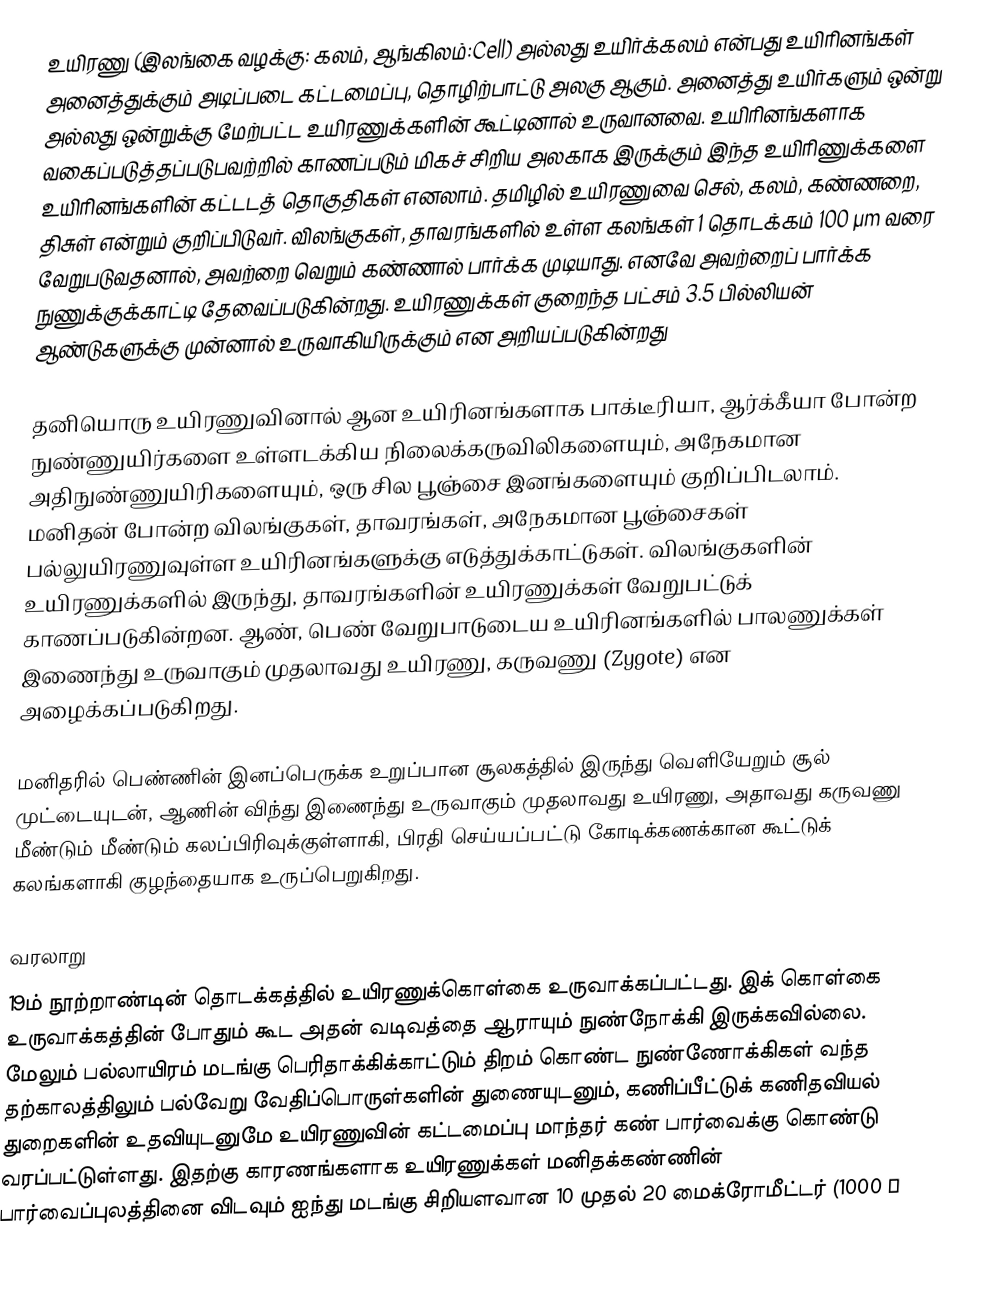
உயிரணு (இலங்கை வழக்கு: கலம், ஆங்கிலம்:Cell)  அல்லது உயிர்க்கலம் என்பது உயிரினங்கள் அனைத்துக்கும் அடிப்படை கட்டமைப்பு, தொழிற்பாட்டு அலகு ஆகும். அனைத்து உயிர்களும் ஒன்று அல்லது ஒன்றுக்கு மேற்பட்ட உயிரணுக்களின் கூட்டினால் உருவானவை. உயிரினங்களாக வகைப்படுத்தப்படுபவற்றில் காணப்படும் மிகச் சிறிய அலகாக இருக்கும் இந்த உயிரிணுக்களை உயிரினங்களின் கட்டடத் தொகுதிகள் எனலாம். தமிழில் உயிரணுவை செல், கலம், கண்ணறை, திசுள் என்றும் குறிப்பிடுவர். விலங்குகள், தாவரங்களில் உள்ள கலங்கள் 1 தொடக்கம் 100 µm வரை வேறுபடுவதனால், அவற்றை வெறும் கண்ணால் பார்க்க முடியாது. எனவே அவற்றைப் பார்க்க நுணுக்குக்காட்டி தேவைப்படுகின்றது. உயிரணுக்கள் குறைந்த பட்சம் 3.5 பில்லியன் ஆண்டுகளுக்கு முன்னால் உருவாகியிருக்கும் என அறியப்படுகின்றது

தனியொரு உயிரணுவினால் ஆன உயிரினங்களாக பாக்டீரியா, ஆர்க்கீயா போன்ற நுண்ணுயிர்களை உள்ளடக்கிய நிலைக்கருவிலிகளையும், அநேகமான அதிநுண்ணுயிரிகளையும், ஒரு சில பூஞ்சை இனங்களையும் குறிப்பிடலாம். மனிதன் போன்ற விலங்குகள், தாவரங்கள், அநேகமான பூஞ்சைகள்  பல்லுயிரணுவுள்ள உயிரினங்களுக்கு எடுத்துக்காட்டுகள். விலங்குகளின் உயிரணுக்களில் இருந்து, தாவரங்களின் உயிரணுக்கள் வேறுபட்டுக் காணப்படுகின்றன. ஆண், பெண் வேறுபாடுடைய உயிரினங்களில் பாலணுக்கள் இணைந்து உருவாகும் முதலாவது உயிரணு, கருவணு (Zygote) என அழைக்கப்படுகிறது.

மனிதரில் பெண்ணின் இனப்பெருக்க உறுப்பான சூலகத்தில் இருந்து வெளியேறும் சூல் முட்டையுடன், ஆணின் விந்து இணைந்து உருவாகும் முதலாவது உயிரணு, அதாவது கருவணு மீண்டும் மீண்டும் கலப்பிரிவுக்குள்ளாகி, பிரதி செய்யப்பட்டு கோடிக்கணக்கான கூட்டுக் கலங்களாகி குழந்தையாக உருப்பெறுகிறது.

வரலாறு
19ம் நூற்றாண்டின் தொடக்கத்தில் உயிரணுக்கொள்கை உருவாக்கப்பட்டது. இக் கொள்கை உருவாக்கத்தின் போதும் கூட அதன் வடிவத்தை ஆராயும் நுண்நோக்கி இருக்கவில்லை. மேலும் பல்லாயிரம் மடங்கு பெரிதாக்கிக்காட்டும் திறம் கொண்ட நுண்ணோக்கிகள் வந்த தற்காலத்திலும் பல்வேறு வேதிப்பொருள்களின் துணையுடனும், கணிப்பீட்டுக் கணிதவியல் துறைகளின் உதவியுடனுமே உயிரணுவின் கட்டமைப்பு மாந்தர் கண் பார்வைக்கு கொண்டு வரப்பட்டுள்ளது.  இதற்கு காரணங்களாக உயிரணுக்கள் மனிதக்கண்ணின் பார்வைப்புலத்தினை விடவும் ஐந்து மடங்கு சிறியளவான 10 முதல் 20 மைக்ரோமீட்டர் (1000 μ